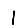
Digit: 1